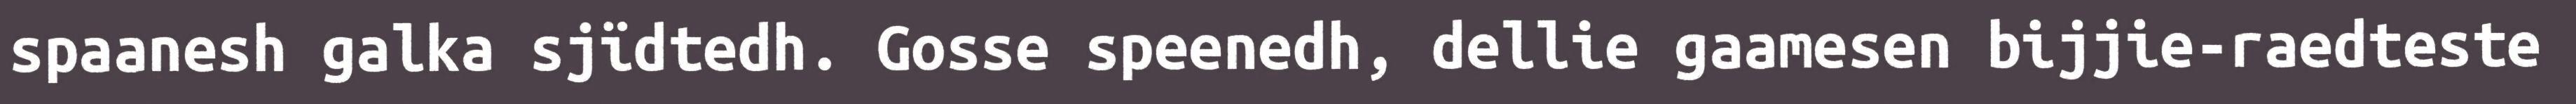
spaanesh galka sjïdtedh. Gosse speenedh, dellie gaamesen bijjie-raedteste